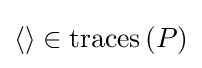
\langle \rangle \in \mathrm {traces} \left(P\right)